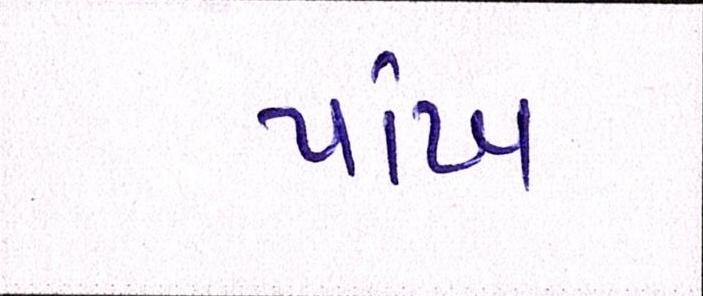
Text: પાંખ